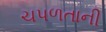
ચપળતાની